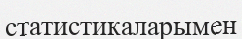
статистикаларымен